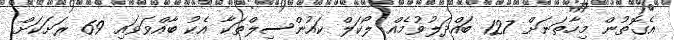
އެގޮތުން މިހާތަނަށް 127 ބައްދަލުވުމެއް ލޯކަލް ކައުންސިލްތަކާ އެކު ބާއްވަވައި 69 ރަށަކަށް